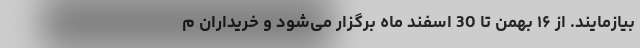
بیازمایند. از ۱۶ بهمن تا 30 اسفند ماه برگزار می‌‌شود و خریداران م